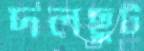
দলছুট